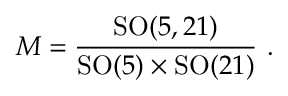
{ \cal M } = \frac { \mathrm { S O } ( 5 , 2 1 ) } { \mathrm { S O } ( 5 ) \times \mathrm { S O } ( 2 1 ) } \ .